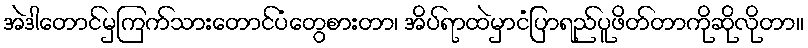
အဲဒါတောင်မှကြက်သားတောင်ပံတွေစားတာ၊ အိပ်ရာထဲမှာငံပြာရည်ပူဖိတ်တာကိုဆိုလိုတာ။